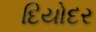
દિયોદર